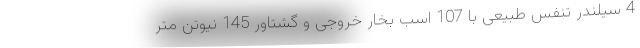
4 سیلندر تنفس طبیعی با 107 اسب بخار خروجی و گشتاور 145 نیوتن متر